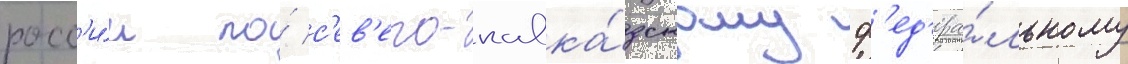
росс'и́и по́ с'ев'еро-кавка́зскому ф'ед'ера́льному